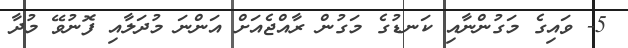
5- ވައިގެ މަގުންނާއި ކަނޑުގެ މަގުން ރާއްޖެއަށް އަންނަ މުދަލާއި ފޮނުވޭ މުދާ